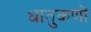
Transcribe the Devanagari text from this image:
धातुकणों